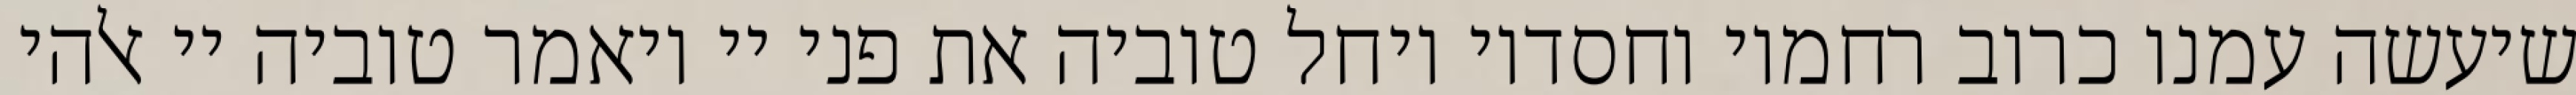
שיעשה עמנו כרוב רחמיו וחסדיו ויחל טוביה את פני יי ויאמר טוביה יי אלהי